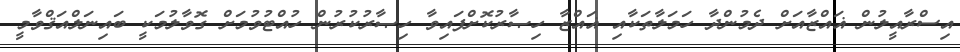
އިސްރާއީލުން ޣައްޒާއަށް ދެމުންދާ ހަމަލާތަކާއި ޣައްޒާ ހިޞާރުކޮށްފައިވާ ހިޞާރުކުރުން ހުއްޓުވުމަށް ގޮވާލުމަކީ ބައިނަލްއަޤްވާމީ